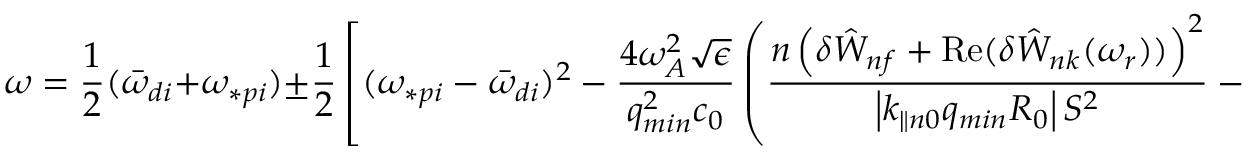
\omega = \frac { 1 } { 2 } ( { \bar { \omega } } _ { d i } + \omega _ { \ast p i } ) \pm \frac { 1 } { 2 } \left[ ( \omega _ { \ast p i } - { \bar { \omega } } _ { d i } ) ^ { 2 } - \frac { 4 \omega _ { A } ^ { 2 } \sqrt { \epsilon } } { q _ { m i n } ^ { 2 } c _ { 0 } } \left( \frac { n \left( \delta { \hat { W } } _ { n f } + \mathrm { R e } ( { \delta { \hat { W } } _ { n k } ( \omega _ { r } ) ) } \right) ^ { 2 } } { \left| k _ { \parallel n 0 } q _ { m i n } R _ { 0 } \right| S ^ { 2 } } - k _ { \parallel n 0 } ^ { 2 } q _ { m i n } ^ { 2 } R _ { 0 } ^ { 2 } \right) \right] ^ { 1 / 2 } ,